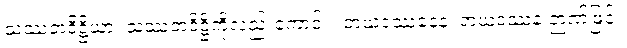
သဿတဒိဋ္ဌိယာ၊ သဿတဒိဋ္ဌိကိုလည်းကောင်း။ ဘယဒဿနေန၊ ဘယဒဿန ဉာဏ်ဖြင့်။